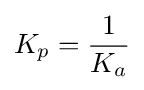
K_{p}={\frac {1}{K_{a}}}